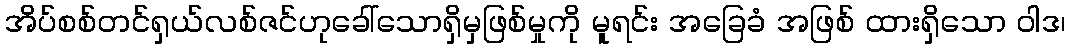
အိပ်စစ်တင်ရှယ်လစ်ဇင်ဟုခေါ်သောရှိမှဖြစ်မှုကို မူရင်း အခြေခံ အဖြစ် ထားရှိသော ဝါဒ၊